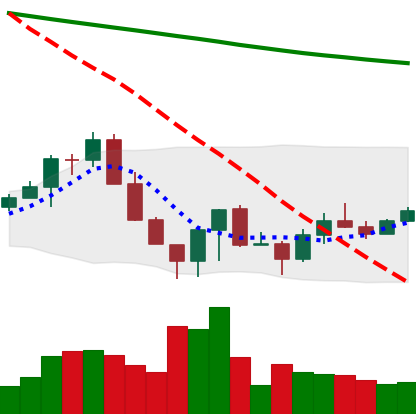
Ticker: LINK-USD
Chart end date: 2022-06-24
Forward return: -14.809%
Label: down_7plus